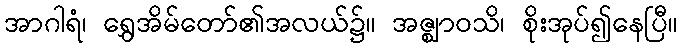
အာဂါရံ၊ ရွှေအိမ်တော်၏အလယ်၌။ အဇ္ဈာဝသိ၊ စိုးအုပ်၍နေပြီ။